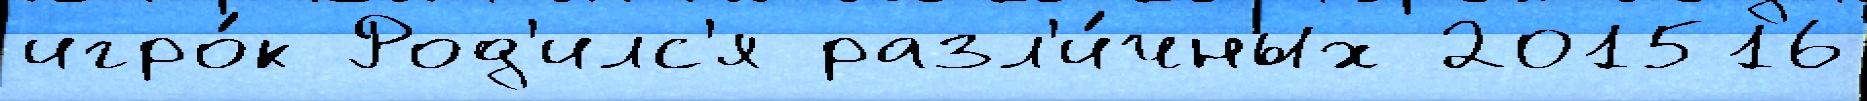
игро́к Род'илс'я разл'и́чных 201516